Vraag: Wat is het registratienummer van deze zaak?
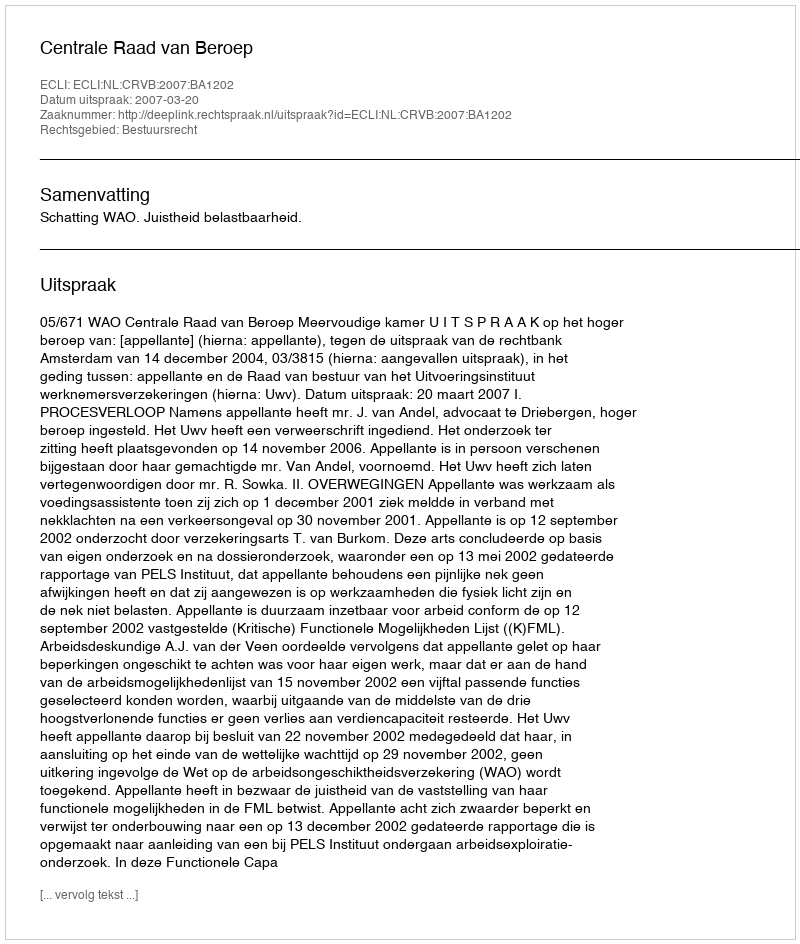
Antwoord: http://deeplink.rechtspraak.nl/uitspraak?id=ECLI:NL:CRVB:2007:BA1202